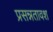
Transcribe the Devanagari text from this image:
प्रसन्नतावश